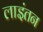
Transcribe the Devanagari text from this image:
लाइंतन